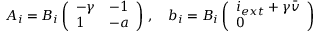
A _ { i } = B _ { i } \left( \begin{array} { l l } { - \gamma } & { - 1 } \\ { 1 } & { - a } \end{array} \right) \, , \quad b _ { i } = B _ { i } \left( \begin{array} { l } { i _ { e x t } + \gamma \bar { v } } \\ { 0 } \end{array} \right)